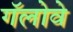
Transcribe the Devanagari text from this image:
गॅलोवे